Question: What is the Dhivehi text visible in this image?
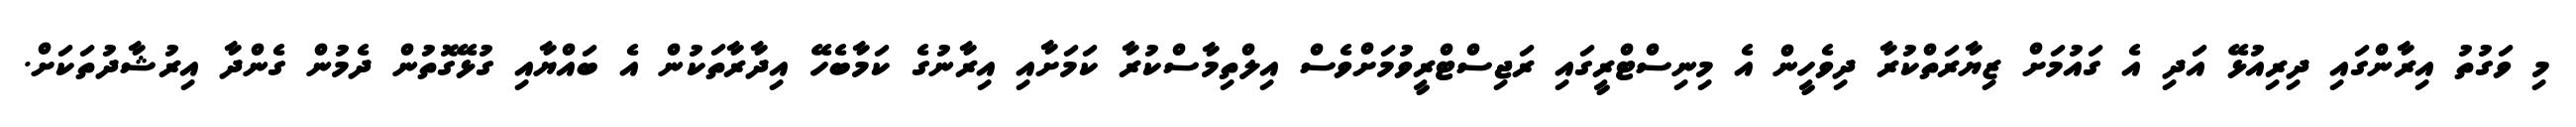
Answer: މި ވަގުތު އިރާންގައި ދިރިއުޅޭ އަދި އެ ގައުމަށް ޒިޔާރަތްކުރާ ދިވެހީން އެ މިނިސްޓްރީގައި ރަޖިސްޓްރީވުމަށްވެސް އިލްތިމާސްކުރާ ކަމަށާއި އިރާނުގެ ކަމާބެހޭ އިދާރާތަކުން އެ ބައްޔާއި ގުޅޭގޮތުން ދެމުން ގެންދާ އިރުޝާދުތަކަށް.